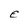
Character: E